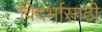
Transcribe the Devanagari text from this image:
विदर्भासाठी